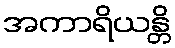
အကာရိယန္တိ